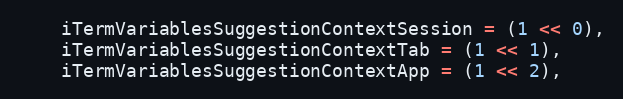
Language: C
    iTermVariablesSuggestionContextSession = (1 << 0),
    iTermVariablesSuggestionContextTab = (1 << 1),
    iTermVariablesSuggestionContextApp = (1 << 2),